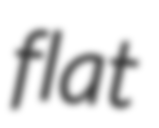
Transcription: flat